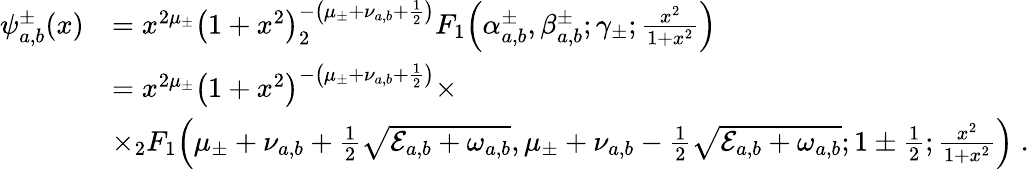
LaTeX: \begin{array}{rl}{\psi_{a,b}^{\pm}(x)}&{=x^{2\mu_{\pm}}{\left(1+x^{2}\right)}^{-\left(\mu_{\pm}+\nu_{a,b}+\frac{1}{2}\right)}_{2}F_{1}\! \left(\alpha_{a,b}^{\pm},\beta_{a,b}^{\pm};\gamma_{\pm};\frac{x^{2}}{1+x^{2}}\right)}\\ &{=x^{2\mu_{\pm}}{\left(1+x^{2}\right)}^{-\left(\mu_{\pm}+\nu_{a,b}+\frac{1}{2}\right)}\times}\\ &{\times_{2}F_{1}\! \left(\mu_{\pm}+\nu_{a,b}+\frac{1}{2}\sqrt{\mathcal{E}_{a,b}+\omega_{a,b}},\mu_{\pm}+\nu_{a,b}-\frac{1}{2}\sqrt{\mathcal{E}_{a,b}+\omega_{a,b}};1\pm\frac{1}{2};\frac{x^{2}}{1+x^{2}}\right)\; .}\end{array}